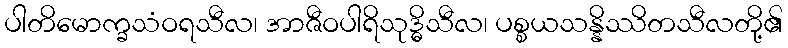
ပါတိမောက္ခသံဝရသီလ၊ အာဇီဝပါရိသုဒ္ဓိသီလ၊ ပစ္စယသန္နိဿိတသီလတို့၏